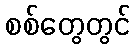
စစ်တွေတွင်